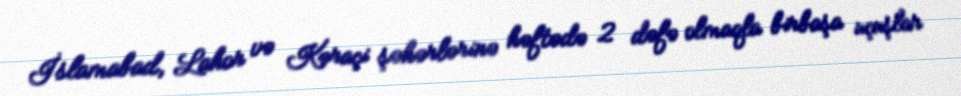
İslamabad, Lahor və Kəraçi şəhərlərinə həftədə 2 dəfə olmaqla birbaşa uçuşlar